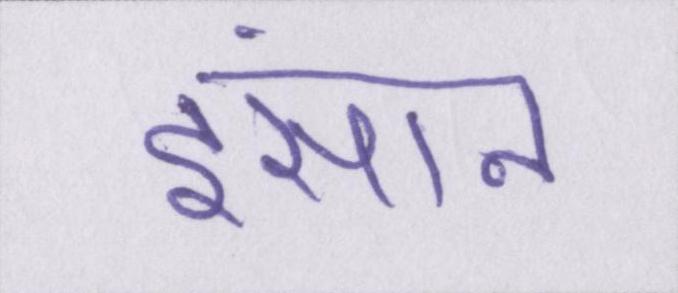
इंसान